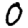
Digit: 0